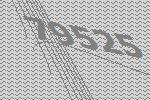
79525